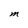
Character: M